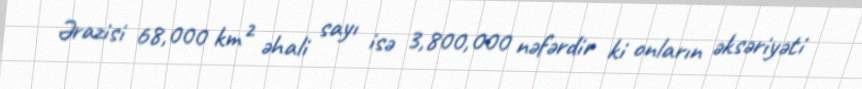
Ərazisi 68,000 km² əhali sayı isə 3,800,000 nəfərdir ki onların əksəriyəti